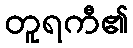
တူရကီ၏